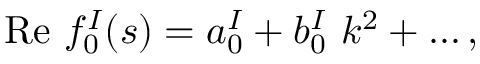
\mathrm { R e ~ } f _ { 0 } ^ { I } ( s ) = a _ { 0 } ^ { I } + b _ { 0 } ^ { I } \ k ^ { 2 } + \ldots ,